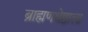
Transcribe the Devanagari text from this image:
ब्राह्मणश्रेष्ठाला